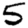
Digit: 5